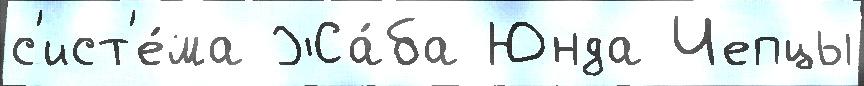
с'ист'е́ма Жа́ба Юнда Чепцы